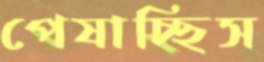
পেষাচ্ছিস